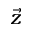
\vec { z }